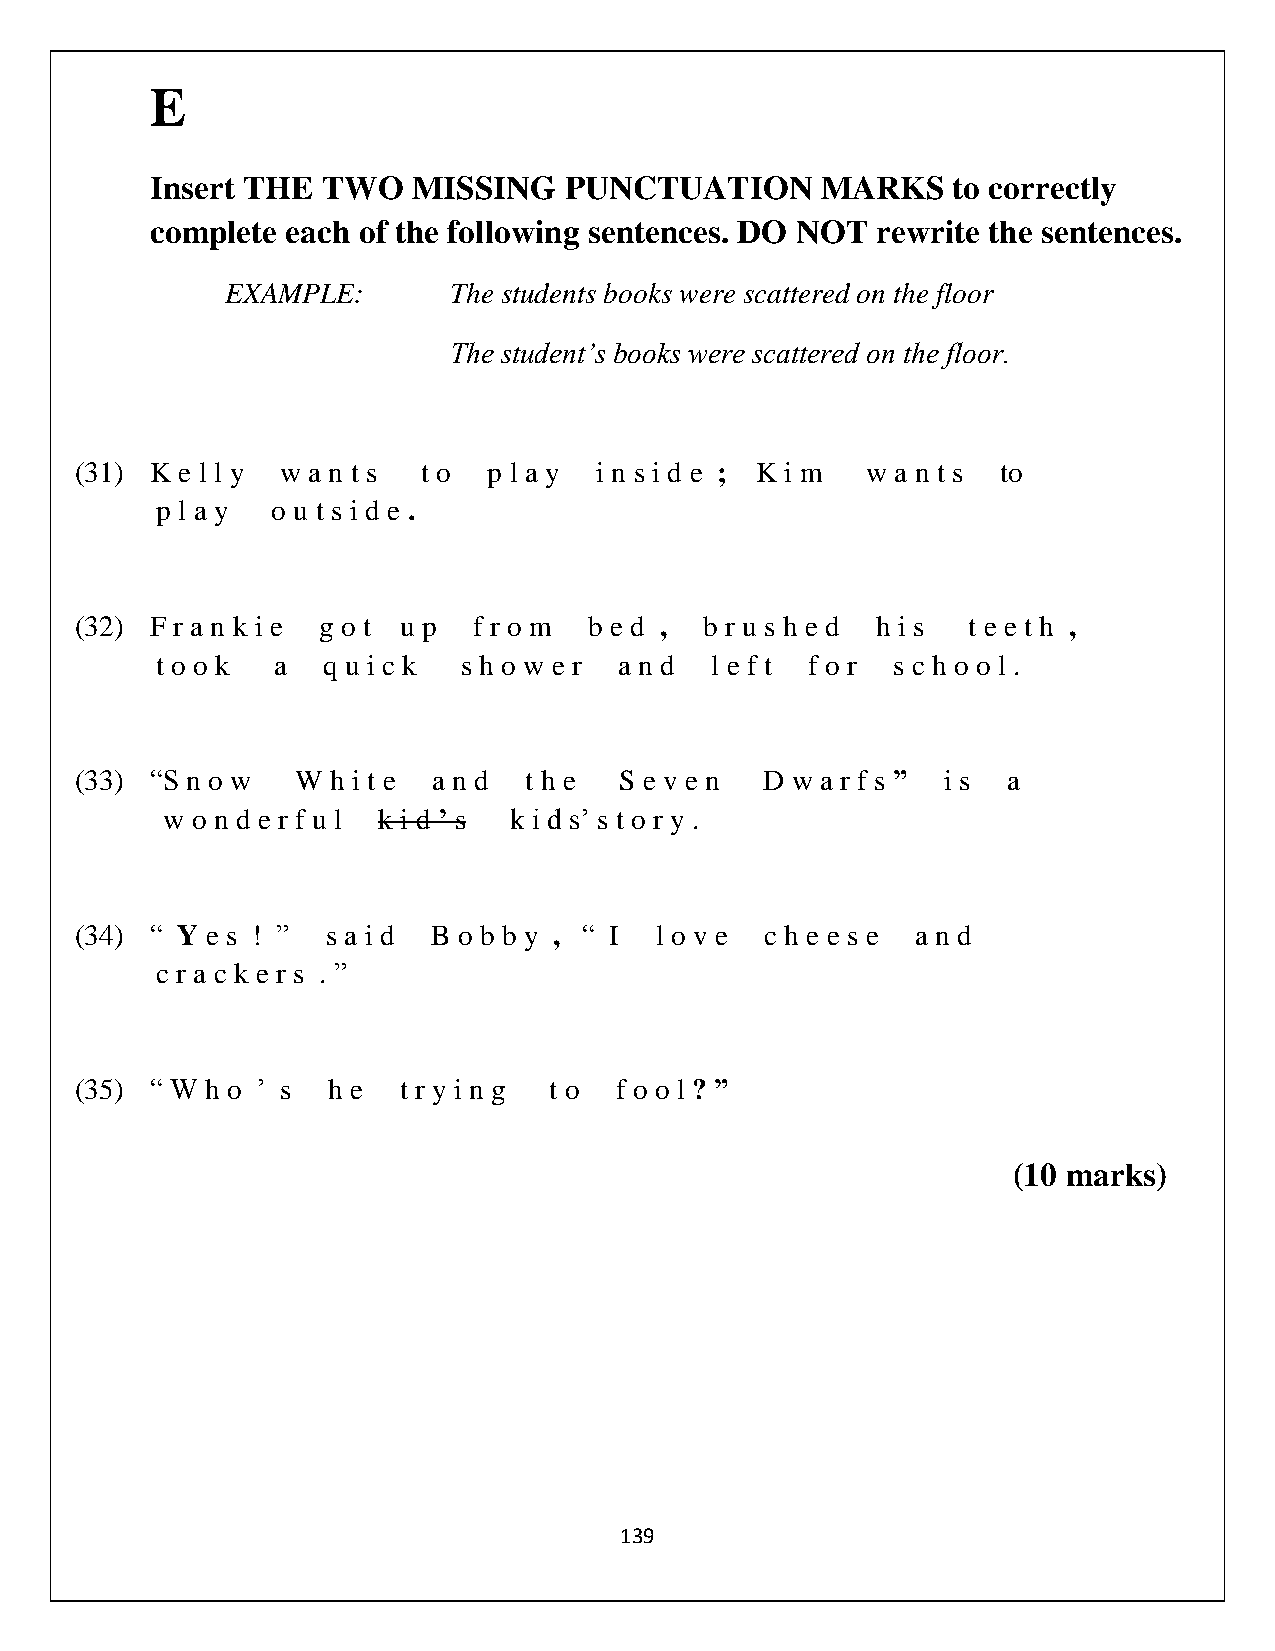
E
 Insert THE TWO   MISSING   PUNCTUATION      MARKS    to correctly
 complete each of the following sentences. DO NOT rewrite the sentences.
 EXAMPLE:       The students books were scattered on the floor
 The student’s books were scattered on the floor.
 (31) K e l l y w a n t s t o p l a y i n s i d e ; K i m w a n t s to
 p l a y o u t s i d e .
 (32) F r a n k i e g o t u p f r o m b e d , b r u s h e d h i s t e e t h ,
 t o o k a  q u i c k s h o w e r a n d l e f t f o r s c h o o l .
 (33) “S n o w  W h i t e a n d t h e S e v e n D w a r f s ” i s a
 w o n d e r f u l k i d ’ s k i d s’ s t o r y .
 (34) “ Y e s ! ” s a i d B o b b y , “ I l o v e c h e e s e a n d
 c r a c k e r s . ”
 (35) “ W h o ’ s h e t r y i n g t o f o o l ? ”
 (10 marks)
 139